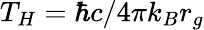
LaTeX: T_{H}=\hbar c/4\pi k_{B}r_{g}